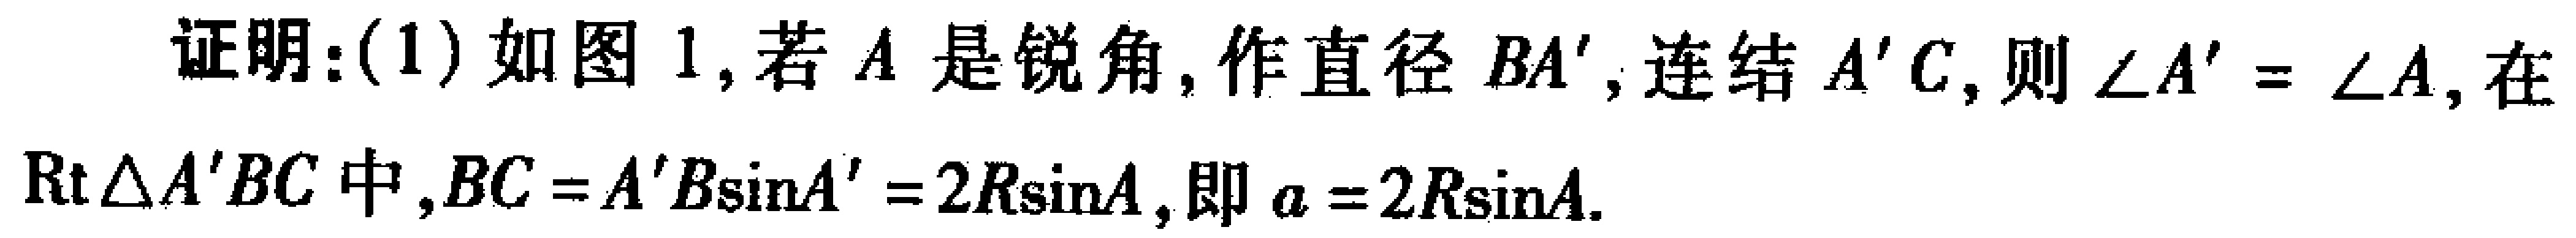
证明：(1) 如图 1, 若 \(A\) 是锐角, 作直径 \(BA'\), 连结 \(A'C\), 则 \(\angle A' = \angle A\), 在
\(Rt\triangle A'BC\) 中, \(BC = A'B\sin A' = 2R\sin A\), 即 \(a = 2R\sin A\).